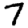
Digit: 7